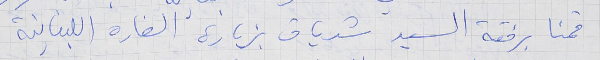
قمنا برفقة السيد شدياق بزيارة السفارة اللبنانية